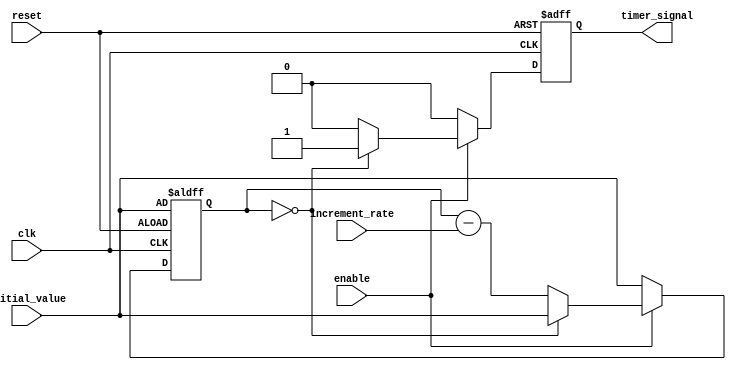
module timing_control_block (
    input wire clk,
    input wire reset,
    input wire enable,
    input wire [7:0] initial_value,
    input wire [7:0] increment_rate,
    output reg timer_signal
);

reg [7:0] counter;

always @(posedge clk or posedge reset) begin
    if (reset) begin
        counter <= initial_value;
        timer_signal <= 0;
    end else begin
        if (enable) begin
            if (counter == 0) begin
                counter <= initial_value;
                timer_signal <= 1;
            end else begin
                counter <= counter - increment_rate;
                timer_signal <= 0;
            end
        end else begin
            counter <= initial_value;
            timer_signal <= 0;
        end
    end
end

endmodule